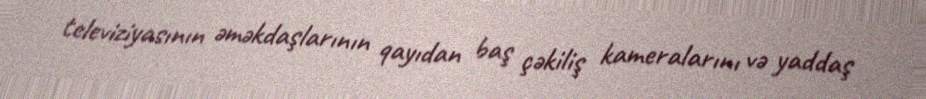
televiziyasının əməkdaşlarının qayıdan baş çəkiliş kameralarını və yaddaş